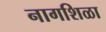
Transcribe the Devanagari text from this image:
नागशिळा